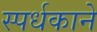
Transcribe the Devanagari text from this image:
स्पर्धकाने